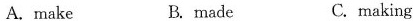
A. make B. made C.making